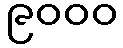
၉၀၀၀